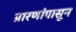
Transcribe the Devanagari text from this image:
प्रारणांपासून